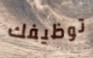
توظيفك